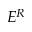
E ^ { R }